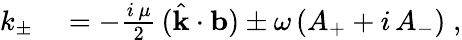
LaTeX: \begin{array}{rl}{k_{\pm}}&{{}=-\frac{i\, \mu}{2}\, (\hat{\mathbf{k}}\cdot{\mathbf{b}})\pm\omega\left(A_{+}+i\, A_{-}\right)\; ,}\end{array}